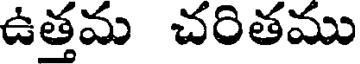
ఉత్తమ చరితము